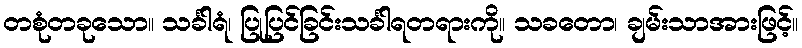
တစုံတခုသော။ သင်္ခါရံ၊ ပြုပြင်ခြင်းသင်္ခါရတရားကို။ သခတော၊ ချမ်းသာအားဖြင့်။